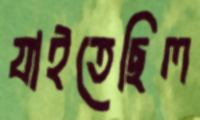
যাইতেছিল